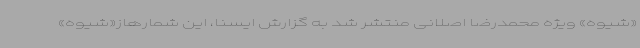
«شیوه» ویژه محمدرضا اصلانی منتشر شد به گزارش ایسنا، این شمارهاز«شیوه»